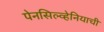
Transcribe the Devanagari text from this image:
पेनसिल्व्हेनियाची